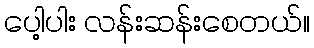
ပေါ့ပါး လန်းဆန်းစေတယ်။